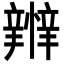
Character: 𢤴